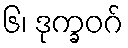
၆၊ ဒုက္ခဝဂ်